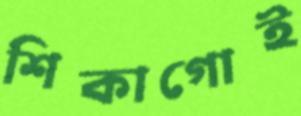
শিকাগোই